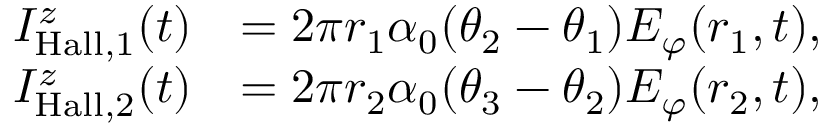
\begin{array} { r l } { I _ { \mathrm { H a l l } , 1 } ^ { z } ( t ) } & { = 2 \pi r _ { 1 } \alpha _ { 0 } ( \theta _ { 2 } - \theta _ { 1 } ) E _ { \varphi } ( r _ { 1 } , t ) , } \\ { I _ { \mathrm { H a l l } , 2 } ^ { z } ( t ) } & { = 2 \pi r _ { 2 } \alpha _ { 0 } ( \theta _ { 3 } - \theta _ { 2 } ) E _ { \varphi } ( r _ { 2 } , t ) , } \end{array}